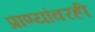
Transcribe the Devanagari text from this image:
प्राण्यांवरही